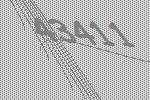
43411